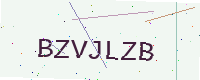
Text: BZVJLZB